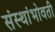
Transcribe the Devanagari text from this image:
संस्थांभोवती